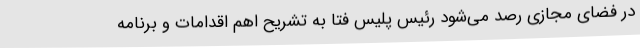
در فضای مجازی رصد می‌شود رئیس پلیس فتا به تشریح اهم اقدامات و برنامه